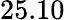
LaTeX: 25.10